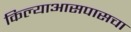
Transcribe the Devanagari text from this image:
किल्याआसपासचा